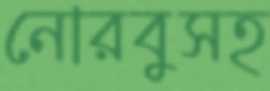
নোরবুসহ